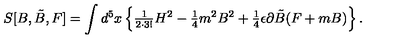
S [ B , \tilde { B } , F ] = \int d ^ { 5 } x \left\{ { \textstyle \frac { 1 } { 2 \cdot 3 ! } } H ^ { 2 } - { \textstyle \frac { 1 } { 4 } } m ^ { 2 } B ^ { 2 } + { \textstyle \frac { 1 } { 4 } } \epsilon \partial \tilde { B } ( F + m B ) \right\} .